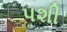
પશી